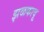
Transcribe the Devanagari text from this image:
झळकावू